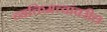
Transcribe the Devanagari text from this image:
व्यक्तिमत्त्वांवरील